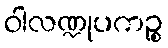
ဝါလဏ္ဍုပကဉ္စ